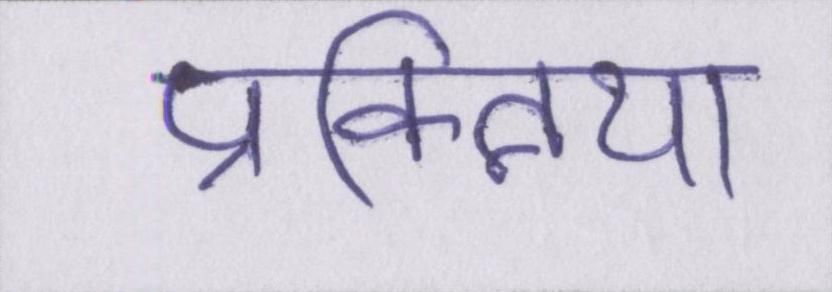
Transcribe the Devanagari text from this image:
प्रक्त्रिया